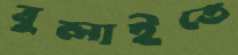
বুলাইতে